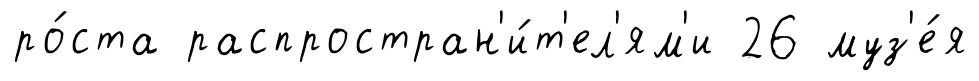
ро́ста распростран'и́т'ел'ям'и 26 муз'е́я